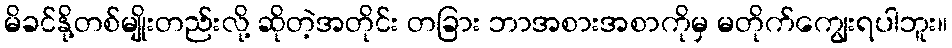
မိခင်နို့တစ်မျိုးတည်းလို့ ဆိုတဲ့အတိုင်း တခြား ဘာအစားအစာကိုမှ မတိုက်ကျွေးရပါဘူး။